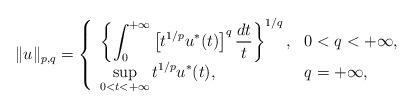
LaTeX: \begin{align*} \|u\|_{p,q}= \left\{ \begin{array}{ll} \displaystyle\left\{ \int_0^{+\infty} \left[ t^{1/p} u^{*}(t) \right]^q \frac{dt}{t} \right\}^{1/q},&0<q<+\infty,\\ \displaystyle \sup_{0<t<+\infty} t^{1/p} u^{*}(t),&q=+\infty, \end{array} \right.\end{align*}